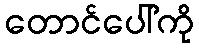
တောင်ပေါ်ကို